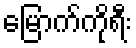
မြောက်ကိုရီး